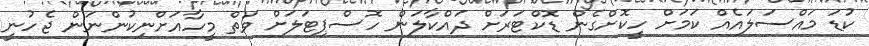
ކުޑަ މައްސަލައެއް ކަމަށް ހީކޮށްގެން ޑޮކްޓަރަށް ދައްކާލަން ހޮސްޕިޓަލަށް ވަތް މީހާއަށްނިކުންނަން ޖެހުނީ